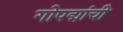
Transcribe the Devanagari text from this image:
गोपद्मांची